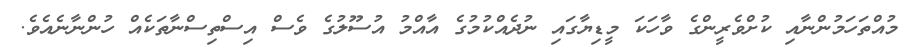
މުއްތަހަމުންނާއި ކުށްވެރީންގެ ވާހަކަ މީޑިޔާގައި ނުދެއްކުމުގެ އާއްމު އުސޫލުގެ ވެސް އިސްތިސްނާތަކެއް ހުންނާނެއެވެ.